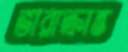
ভারাক্রান্ত